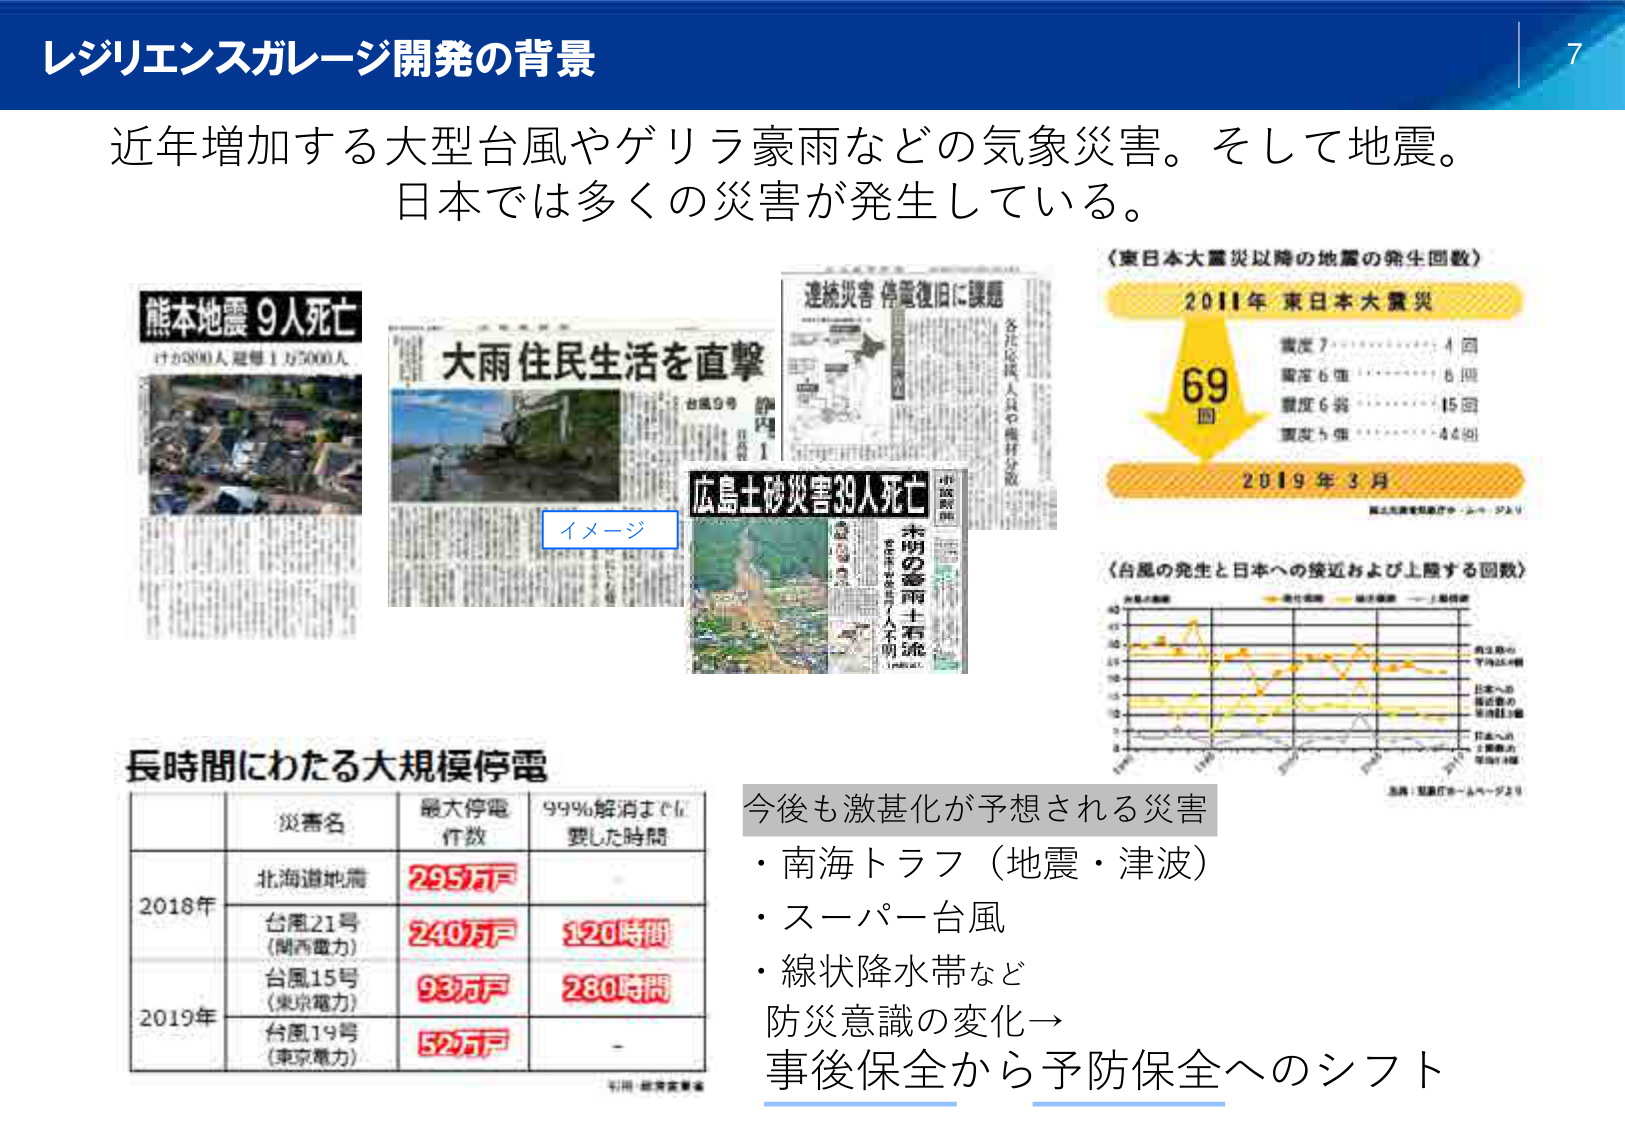
レジリエンスガレージ開発の背景

近年増加する大型台風やゲリラ豪雨などの気象災害。そして地震。
日本では多くの災害が発生している。

熊本地震 9人死亡
けが800人 避難1万5000人

大雨住民生活を直撃
台風9号

連続災害 停電復旧に課題
各社応援 人員や機材分散

広島土砂災害39人死亡
本州の豪雨土石流
死者10人 けが1人 不明1人

〈東日本大震災以降の地震の発生回数〉
2011年 東日本大震災
69回
2019年3月
震度7 ………… 4回
震度6強 ……… 6回
震度6弱 ……… 15回
震度5強 ……… 44回
（出典：気象庁ホームページより）

〈台風の発生と日本への接近および上陸する回数〉
（グラフの凡例：発生回数、接近回数、上陸回数）
（横軸：年、縦軸：回数）
（出典：気象庁ホームページより）

長時間にわたる大規模停電
災害名 最大停電件数 99%解消までに要した時間
2018年 北海道地震 295万戸
台風21号（関西電力） 240万戸 120時間
2019年 台風15号（東京電力） 93万戸 280時間
台風19号（東京電力） 52万戸 -

今後も激甚化が予想される災害
・南海トラフ（地震・津波）
・スーパー台風
・線状降水帯など
防災意識の変化→
事後保全から予防保全へのシフト

イメージ

7